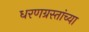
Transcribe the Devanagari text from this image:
धरणग्रस्तांच्या